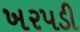
ખરપડી